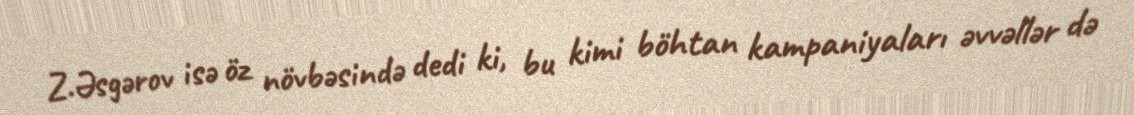
Z.Əsgərov isə öz növbəsində dedi ki, bu kimi böhtan kampaniyaları əvvəllər də